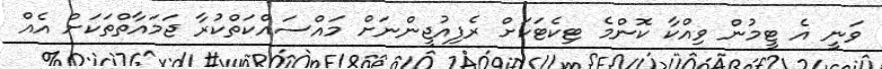
ވަނީ އެ ޓީމުން ވިއްކާ ކޮންމެ ޓިކެޓަކަށް ރެފިއުޖީންނަށް މައްސައްކަތްކުރާ ޖަމައާތްތަކަށް އެއް